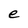
Character: e